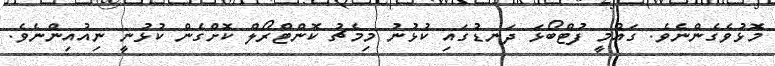
މޮޅުވެގެންނެވެ. ގައުމީ ފުޓްބޯޅަ ދަނޑުގައި ކުޅުނު މިމެޗު ކޮންޓްރޯލް ކޮށްގެން ކުޅުނީ ނިއުއިންނެވެ.